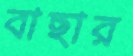
বাছার